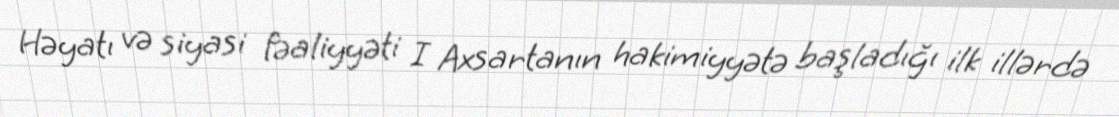
Həyatı və siyasi fəaliyyəti I Axsartanın hakimiyyətə başladığı ilk illərdə